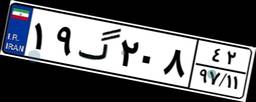
۱۹گ۲۰۸۴۲